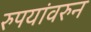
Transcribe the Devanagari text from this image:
रुपयांवरुन